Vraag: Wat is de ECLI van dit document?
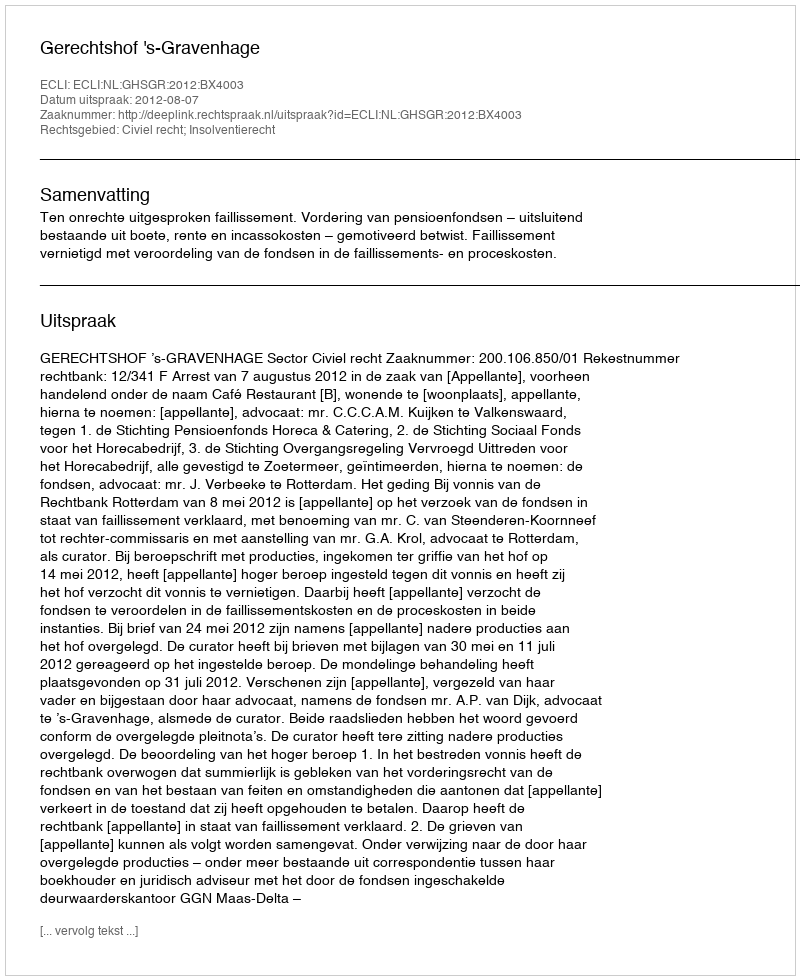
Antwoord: ECLI:NL:GHSGR:2012:BX4003